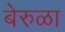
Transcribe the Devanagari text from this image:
बेरुळा